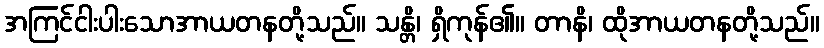
အကြင်ငါးပါးသောအာယတနတို့သည်။ သန္တိ၊ ရှိကုန်၏။ တာနိ၊ ထိုအာယတနတို့သည်။